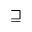
\sqsupseteq